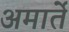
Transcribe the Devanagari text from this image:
अमार्ते